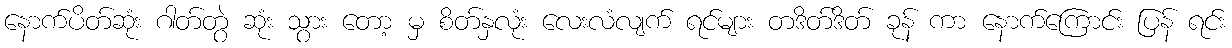
နောက်ပိတ်ဆုံး ဂါတ်တွဲ ဆုံး သွား တော့ မှ စိတ်နှလုံး လေးလံလျက် ရင်များ တဒိတ်ဒိတ် ခုန် ကာ နောက်ကြောင်း ပြန် ရင်း